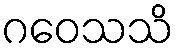
ဂဝေသသိ